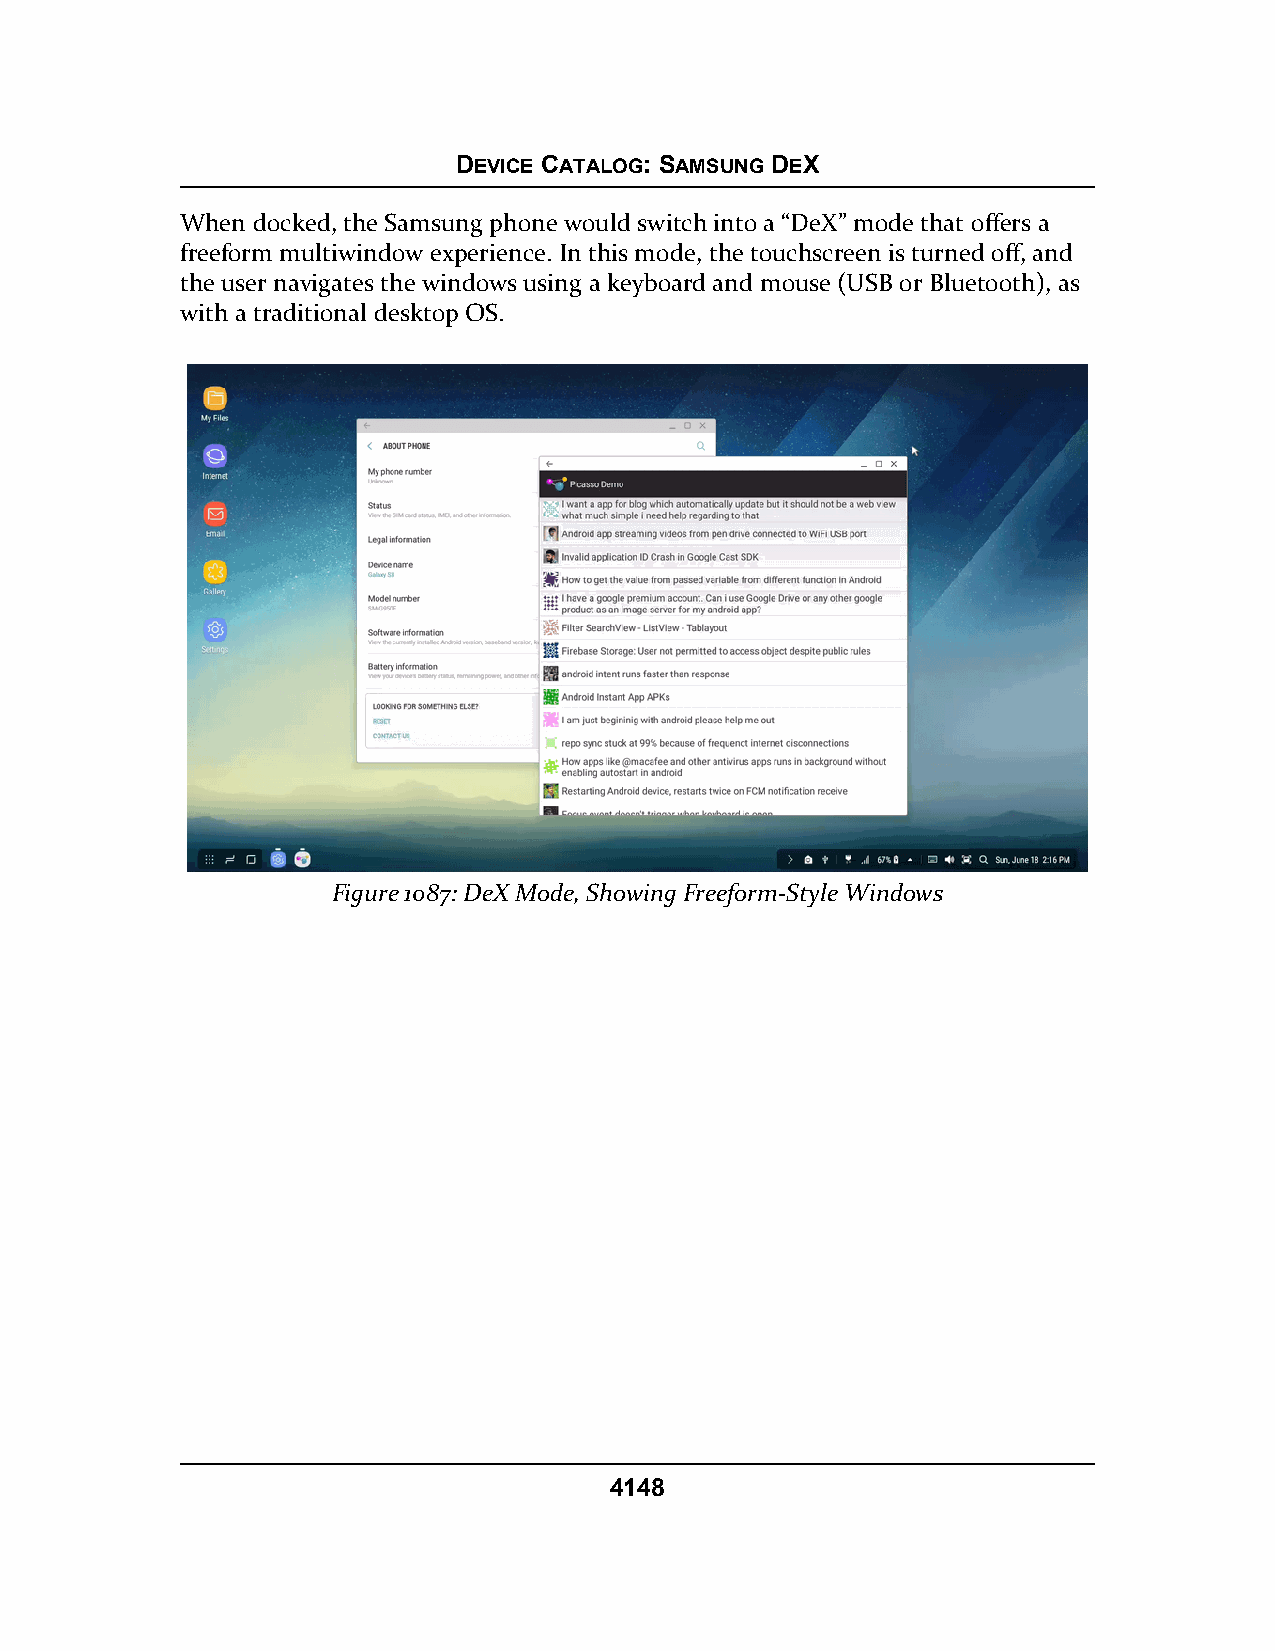
DEVICE CATALOG: SAMSUNG DEX
 When docked, the Samsung phone would switch into a “DeX” mode that offers a
 freeform multiwindow experience. In this mode, the touchscreen is turned off, and
 the user navigates the windows using a keyboard and mouse (USB or Bluetooth), as
 with a traditional desktop OS.
 Figure 1087: DeX Mode, Showing Freeform-Style Windows
 4148